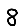
Digit: 8